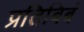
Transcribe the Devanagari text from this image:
प्रतिबिबं